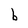
Character: b